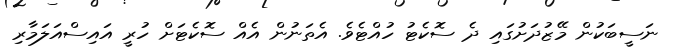
ނަސީބަކުން މޭޒުދަށުގައި ދެ ސޮކެޓު ހުއްޓެވެ. އެތަނުން އެއް ސޮކެޓަށް ހުރީ އައިސްއަލަމާރި